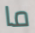
ما